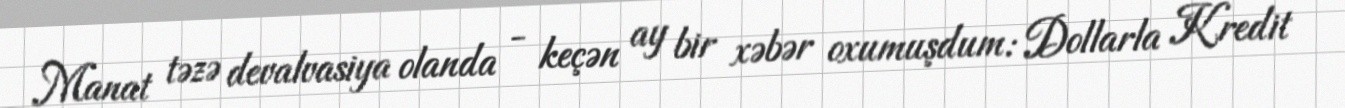
Manat təzə devalvasiya olanda - keçən ay bir xəbər oxumuşdum: Dollarla Kredit